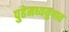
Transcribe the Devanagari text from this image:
पुढेमध्ययुगात